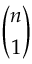
\binom { n } { 1 }